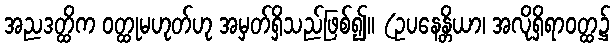
အညဒတ္ထိက ဝတ္ထုမဟုတ်ဟု အမှတ်ရှိသည်ဖြစ်၍။ (ဥပနေန္တိယာ၊ အလိုရှိရာဝတ္ထ၌